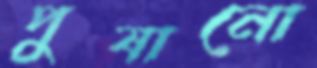
পুষানো